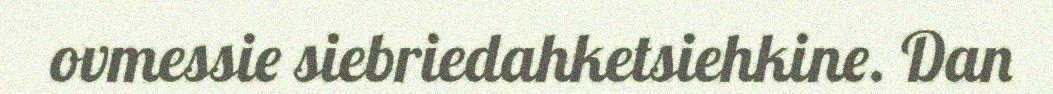
ovmessie siebriedahketsiehkine. Dan